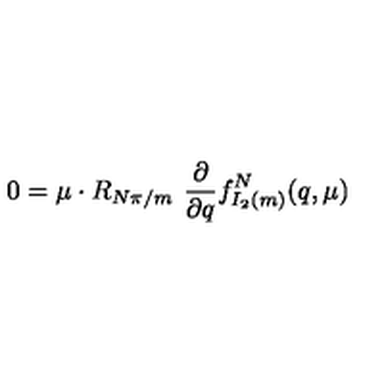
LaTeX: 0 = \mu \cdot R _ { { N \pi } / m } \ { \frac { \partial } { \partial q } } f _ { I _ { 2 } ( m ) } ^ { N } ( q , \mu )